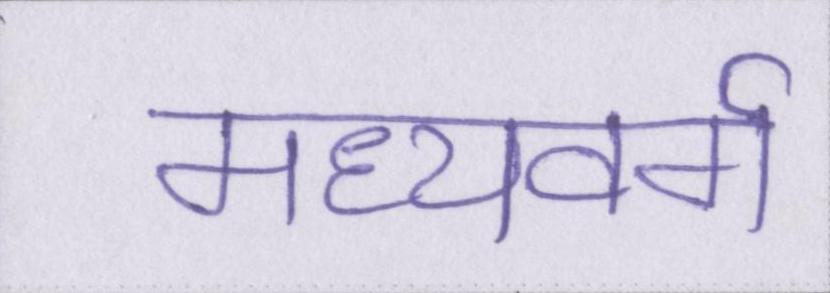
मध्यवर्ग